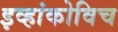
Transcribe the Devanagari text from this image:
इव्हांकोविच